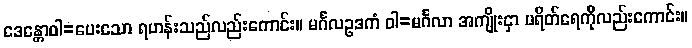
ဒေန္တောဝါ=ပေးသော ရဟန်းသည်လည်းကောင်း။ မင်္ဂလဥဒကံ ဝါ=မင်္ဂလာ အကျိုးငှာ ပရိတ်ရေကိုလည်းကောင်း။